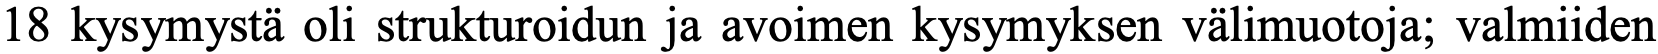
18 kysymystä oli strukturoidun ja avoimen kysymyksen välimuotoja; valmiiden